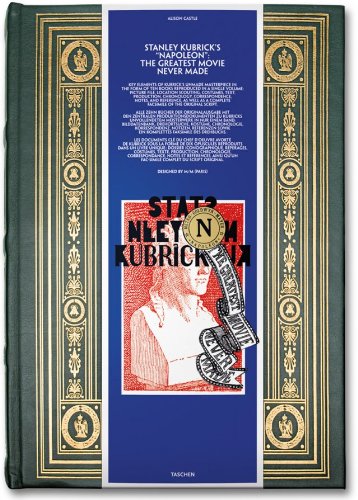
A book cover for Stanley Kubrick's Napoleon: The Greatest Movie Never Made; Humor & Entertainment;